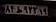
۸۱ط۹۲۳۱۹